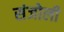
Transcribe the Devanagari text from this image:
संजोली